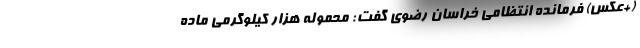
(+عکس) فرمانده انتظامی خراسان‌ رضوی گفت: محموله هزار کیلوگرمی ماده